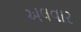
અલવાર